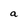
Character: a